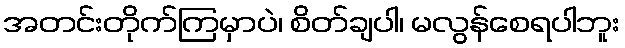
အတင်းတိုက်ကြမှာပဲ၊ စိတ်ချပါ၊ မလွန်စေရပါဘူး